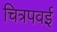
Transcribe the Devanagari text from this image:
चित्रपवई